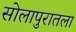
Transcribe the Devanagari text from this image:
सोलापुरातला